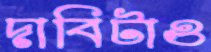
দাবিটাও